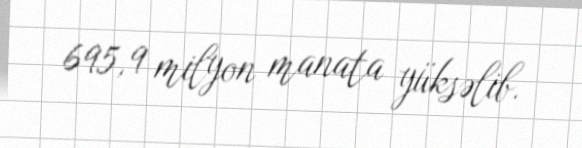
695,9 milyon manata yüksəlib.